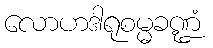
လောဟဒါရုစမ္မခဏ္ဍံ